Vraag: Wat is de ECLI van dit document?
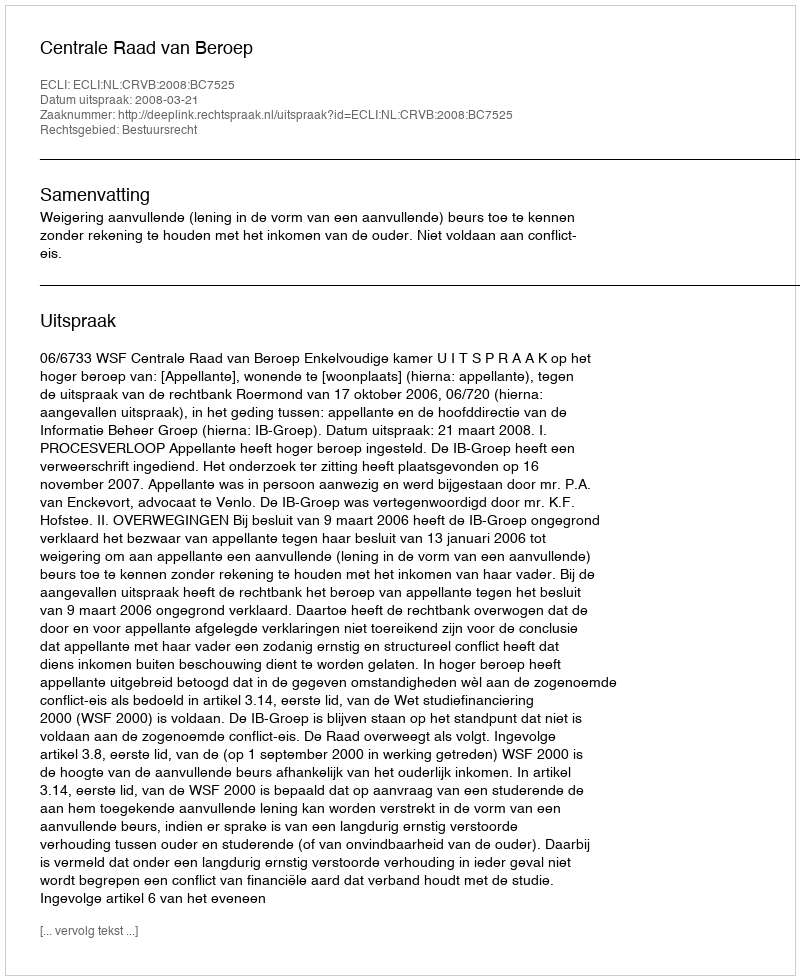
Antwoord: ECLI:NL:CRVB:2008:BC7525